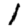
Digit: 1